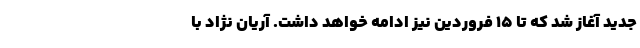
جدید آغاز شد که تا ۱۵ فروردین نیز ادامه خواهد داشت. آریان نژاد با